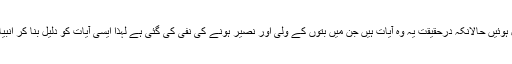
یہ لوگ دلیل کے طور پر ان آیات کو پیش کرتے ہیں جو کفار و مشرکین کے حق میں نازل ہوئیں حالانکہ درحقیقت یہ وہ آیات ہیں جن میں بتوں کے ولی اور نصیر ہونے کی نفی کی گئی ہے لہٰذا ایسی آیات کو دلیل بنا کر انبیاء و مؤمنین کا ایک دوسرے کے لئے ولی اور نصیر ہونے کی نفی کرناخلافِ شریعت ہے۔